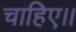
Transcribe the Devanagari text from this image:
चाहिए।।